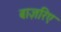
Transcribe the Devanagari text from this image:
बाज़रिए